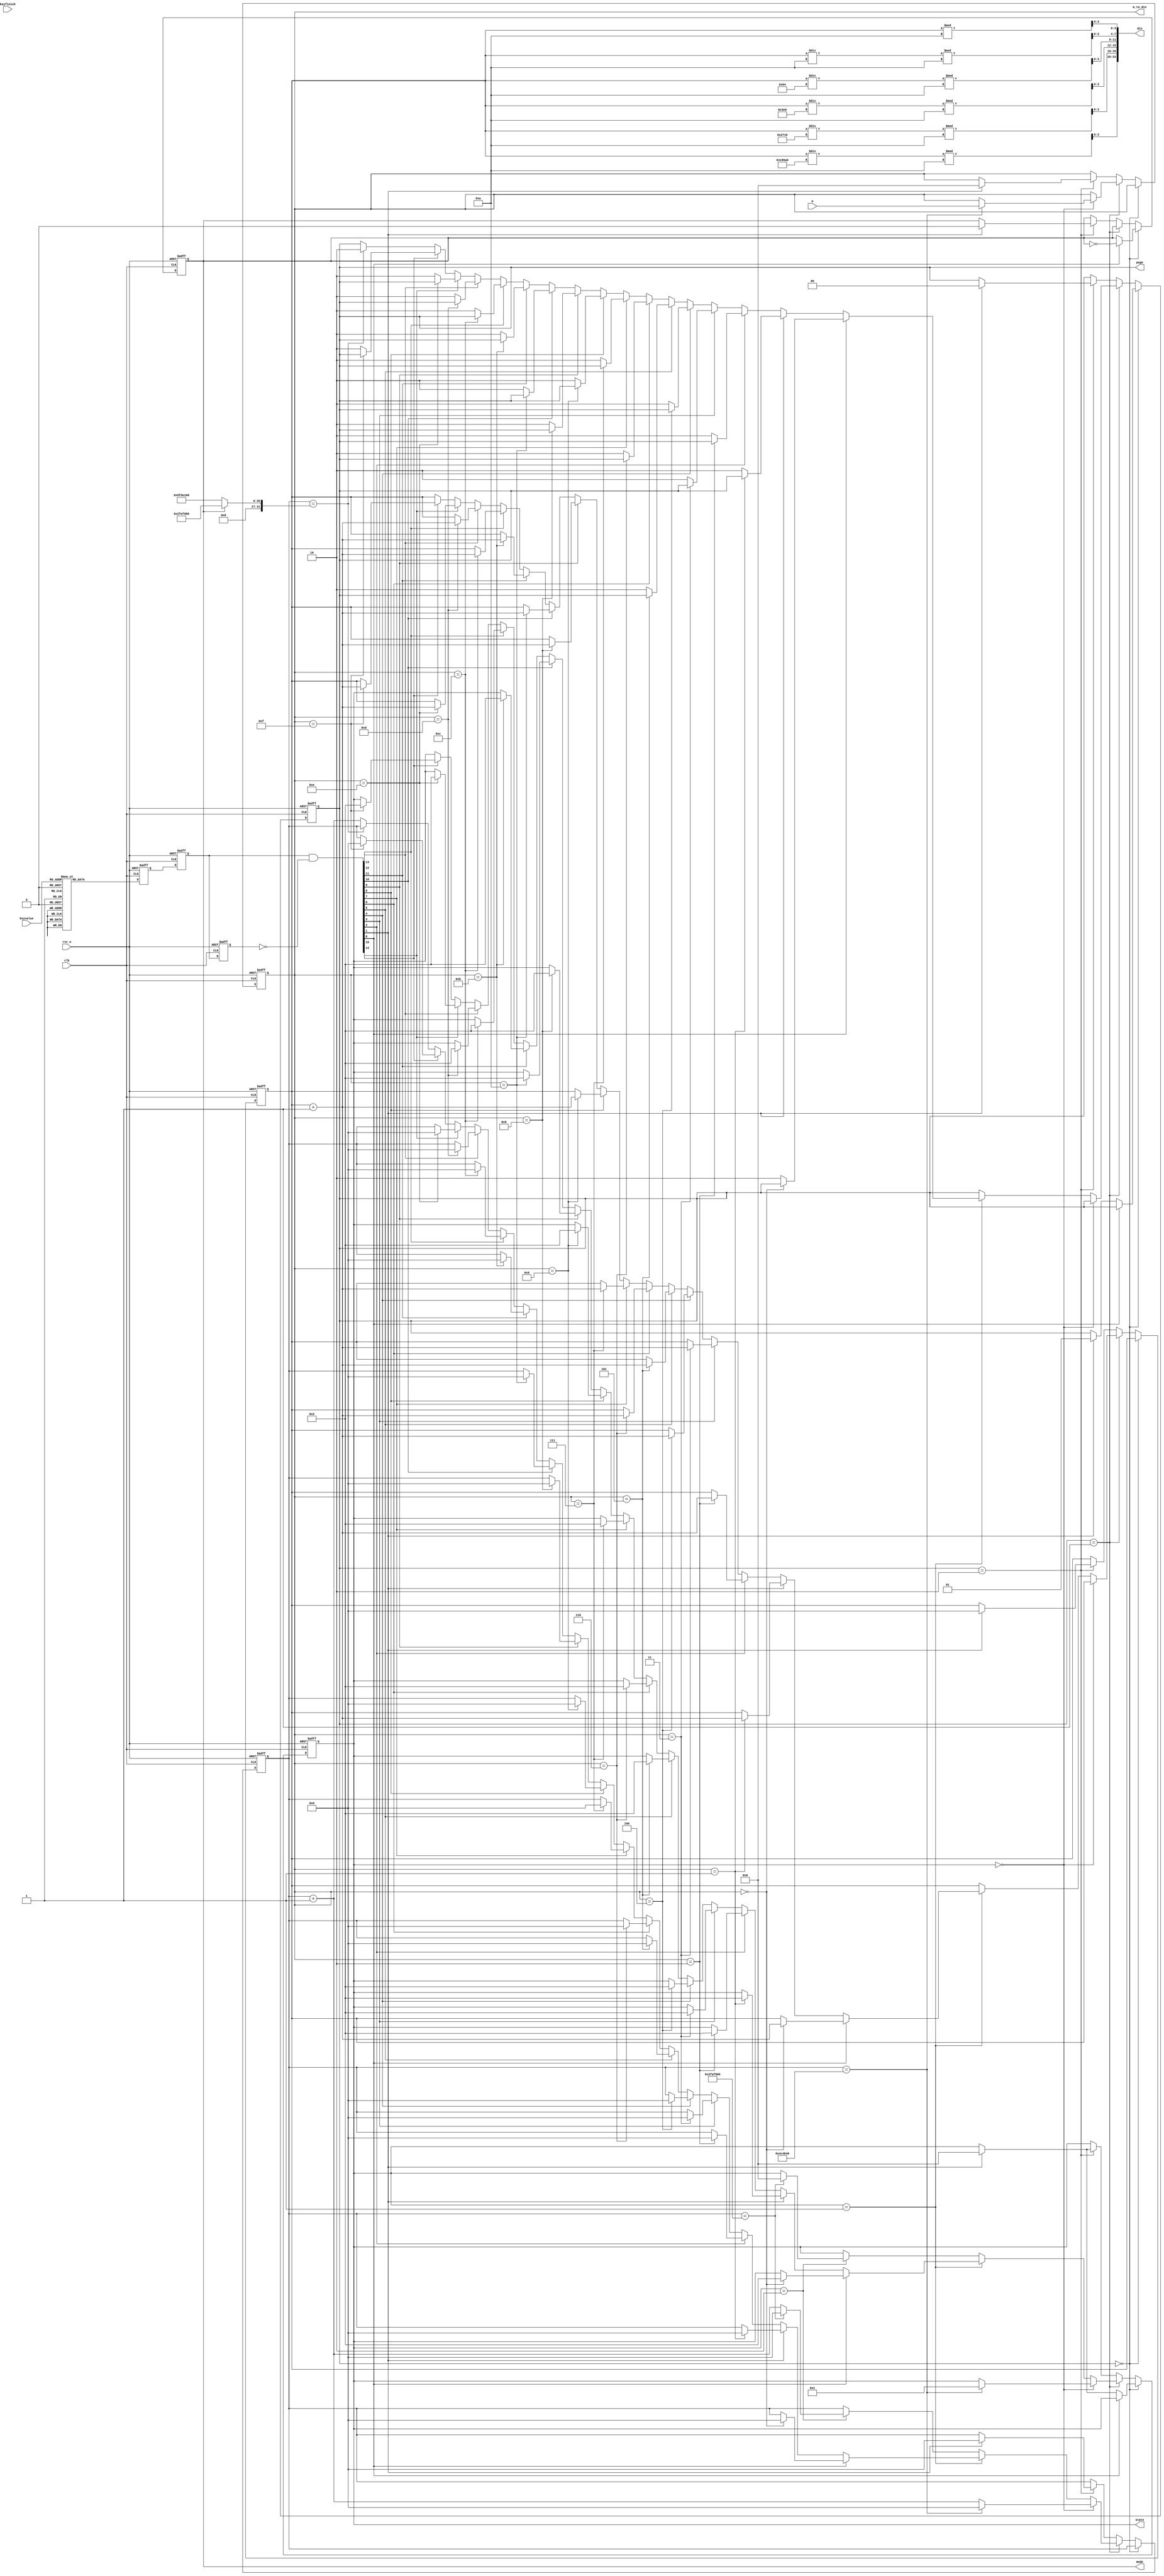
module whack_a_a_mole_game_ctl
(	
	// 
	input                   clk,//
    input                   rst_n,//
    input      [4:0]        keyvalue,          //
	input             		keyfinish,         //  
	input      [3:0]  		m,                 //  
	output reg [1:0]        page,//
	output reg              mode,//
	output reg [3:0]        state,//
	output reg [3:0]        m_to_dis,//
	output     [23:0]       din//
 );
///////////////////////////////////////////////
//
reg  [15:0] key,key_n1,key_n2;
wire [15:0] key_fin;
//
reg [31:0] num;
reg [31:0] game_cnt;
reg [31:0] cnt;
parameter MODE1_TIME = 32'd100000000;//1
parameter MODE2_TIME = 32'd50000000;//2
parameter TRANSITION_TIME = 32'd5000000;//
parameter PIC2_TIME = 32'd50000000;//2
parameter INIT_ST = 4'd0;//
parameter PIC1_ST = 4'd1;//
parameter PIC2_ST = 4'd2;//
//BCD
assign din[23:20]= num/20'd100000%4'd10;
assign din[19:16]= num/16'd10000%4'd10;
assign din[15:12]= num/12'd1000%4'd10;
assign din[11:8]= num/8'd100%4'd10;
assign din[ 7:4]= num/4'd10%4'd10;
assign din[ 3:0]= num%4'd10;
always @ (posedge clk or negedge rst_n)  
begin
	if(!rst_n) begin						
		key <= 16'b0000000000000000;
	end
	else begin
		case(keyvalue)
			5'b00000:key=16'b0000000000000001;	 
			5'b00001:key=16'b0000000000000010;		
			5'b00010:key=16'b0000000000000100;	
			5'b00011:key=16'b0000000000001000;		
			5'b00100:key=16'b0000000000010000;	
			5'b00101:key=16'b0000000000100000;		
			5'b00110:key=16'b0000000001000000;		
			5'b00111:key=16'b0000000010000000;	
							 
			5'b01000:key=16'b0000000100000000;		
			5'b01001:key=16'b0000001000000000;		
			5'b01010:key=16'b0000010000000000;		
			5'b01011:key=16'b0000100000000000;		
			5'b01100:key=16'b0001000000000000;		
			5'b01101:key=16'b0010000000000000;		
			5'b01110:key=16'b0100000000000000;	
			5'b01111:key=16'b1000000000000000;	
			5'b10000:key=16'b0000000000000000;
			default:key=16'b0000000000000000;	 
		endcase         	 		 
	end	
end
always @ (posedge clk or negedge rst_n)  
begin
	if(!rst_n) begin						
		key_n1<=16'b0000000000000000;
		key_n2<=16'b0000000000000000;
	end
	else begin
		key_n1<=key;
		key_n2<=key_n1;
	end	
end
assign key_fin=key_n1 & (~ key_n2); 
always @ (posedge clk or negedge rst_n)  
begin
	if(!rst_n) begin								
		page <= 2'd0;	//0 
		mode<=1'b0;		//
		cnt<=0;
		state<=INIT_ST;
		m_to_dis<=4'd0;//
		num<=0;
	end
	else begin
		if(page==2'd0) begin//0 
			if(key_fin[0]) begin
				mode<=~mode;
			end
			else if(key_fin[1]) begin
				page<=2'd1;
				state<=INIT_ST;
			end
		end
		else if(page==2'd1) begin//
			if(state==INIT_ST) begin
				if(cnt==TRANSITION_TIME) begin
					cnt<=0;
					state<=PIC1_ST;
					m_to_dis<=m;
				end
				else begin
					cnt<=cnt+1'b1;
				end
			end
			else if(state==PIC1_ST)begin
//				if(keyvalue!=5'b10000) begin//
//					if(keyvalue[3:0]==m) begin
//						num<=num+1;
//						state<=PIC2_ST;
//						cnt<=0;
//					end
//					else begin//
//						page <= 2'd2;	//
//					end
//				end
				if(key_fin[0]) begin
					if(m_to_dis==4'd0) begin
						num<=num+1;
						state<=PIC2_ST;
						cnt<=0;
					end
					else begin//
						page <= 2'd2;	//
					end
				end
				else if(key_fin[1]) begin
					if(m_to_dis==4'd1) begin
						num<=num+1;
						state<=PIC2_ST;
						cnt<=0;
					end
					else begin//
						page <= 2'd2;	//
					end
				end
				else if(key_fin[2]) begin
					if(m_to_dis==4'd2) begin
						num<=num+1;
						state<=PIC2_ST;
						cnt<=0;
					end
					else begin//
						page <= 2'd2;	//
					end
				end
				else if(key_fin[3]) begin
					if(m_to_dis==4'd3) begin
						num<=num+1;
						state<=PIC2_ST;
						cnt<=0;
					end
					else begin//
						page <= 2'd2;	//
					end
				end
				else if(key_fin[4]) begin
					if(m_to_dis==4'd4) begin
						num<=num+1;
						state<=PIC2_ST;
						cnt<=0;
					end
					else begin//
						page <= 2'd2;	//
					end
				end
				else if(key_fin[5]) begin
					if(m_to_dis==4'd5) begin
						num<=num+1;
						state<=PIC2_ST;
						cnt<=0;
					end
					else begin//
						page <= 2'd2;	//
					end
				end
				else if(key_fin[6]) begin
					if(m_to_dis==4'd6) begin
						num<=num+1;
						state<=PIC2_ST;
						cnt<=0;
					end
					else begin//
						page <= 2'd2;	//
					end
				end
				else if(key_fin[7]) begin
					if(m_to_dis==4'd7) begin
						num<=num+1;
						state<=PIC2_ST;
						cnt<=0;
					end
					else begin//
						page <= 2'd2;	//
					end
				end
				else if(key_fin[8]) begin
					if(m_to_dis==4'd8) begin
						num<=num+1;
						state<=PIC2_ST;
						cnt<=0;
					end
					else begin//
						page <= 2'd2;	//
					end
				end
				else if(key_fin[9]) begin
					if(m_to_dis==4'd9) begin
						num<=num+1;
						state<=PIC2_ST;
						cnt<=0;
					end
					else begin//
						page <= 2'd2;	//
					end
				end
				else if(key_fin[10]) begin
					if(m_to_dis==4'd10) begin
						num<=num+1;
						state<=PIC2_ST;
						cnt<=0;
					end
					else begin//
						page <= 2'd2;	//
					end
				end
				else if(key_fin[11]) begin
					if(m_to_dis==4'd11) begin
						num<=num+1;
						state<=PIC2_ST;
						cnt<=0;
					end
					else begin//
						page <= 2'd2;	//
					end
				end
				else if(key_fin[12]) begin
					if(m_to_dis==4'd12) begin
						num<=num+1;
						state<=PIC2_ST;
						cnt<=0;
					end
					else begin//
						page <= 2'd2;	//
					end
				end
				else if(key_fin[13]) begin
					if(m_to_dis==4'd13) begin
						num<=num+1;
						state<=PIC2_ST;
						cnt<=0;
					end
					else begin//
						page <= 2'd2;	//
					end
				end
				else if(key_fin[14]) begin
					if(m_to_dis==4'd14) begin
						num<=num+1;
						state<=PIC2_ST;
						cnt<=0;
					end
					else begin//
						page <= 2'd2;	//
					end
				end
				else if(key_fin[15]) begin
					if(m_to_dis==4'd15) begin
						num<=num+1;
						state<=PIC2_ST;
						cnt<=0;
					end
					else begin//
						page <= 2'd2;	//
					end
				end
				else if(cnt==game_cnt) begin//
					page <= 2'd2;	//
				end
				else begin
					cnt<=cnt+1'b1;
				end
			end
			else if(state==PIC2_ST)begin
				if(cnt==PIC2_TIME) begin
					state<=INIT_ST;
					cnt<=0;
				end
				else begin
					cnt<=cnt+1'b1;
				end
			end
		end
		else if(page==2'd2) begin//
			if(key_fin[1]==1'b1) begin
				page <= 2'd0;	//0 
				mode<=1'b0;		//
				cnt<=0;
				state<=INIT_ST;
				m_to_dis<=4'd0;//
				num<=0;
			end
		end
	end		
end
///
always @ (*)  
begin
	if(mode==1'b0) game_cnt=MODE1_TIME;
	else game_cnt=MODE2_TIME;
end
endmodule